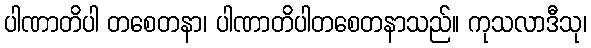
ပါဏာတိပါ တစေတနာ၊ ပါဏာတိပါတစေတနာသည်။ ကုသလာဒီသု၊